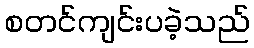
စတင်ကျင်းပခဲ့သည်